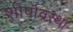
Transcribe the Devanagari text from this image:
शीर्षावस्था